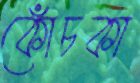
কোঁচকা